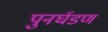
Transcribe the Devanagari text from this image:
पुनर्घडण